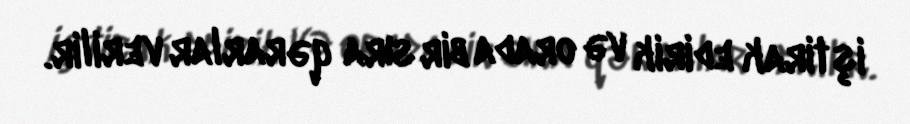
iştirak edirik və orada bir sıra qərarlar verilir.